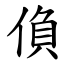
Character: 偩